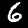
Digit: 6